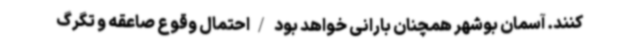
کنند. آسمان بوشهر همچنان بارانی خواهد بود /احتمال وقوع صاعقه و تگرگ